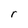
Character: r